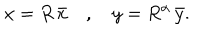
x = R \, \bar { x } \quad , \quad y = R ^ { \alpha } \, \bar { y } .